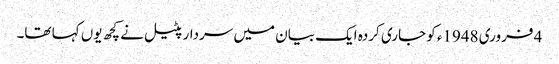
4 فروری 1948ء کو جاری کردہ ایک بیان میں سردار پٹیل نے کچھ یوں کہا تھا۔